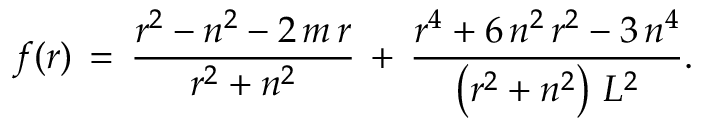
f ( r ) \, = \, \frac { r ^ { 2 } - n ^ { 2 } - 2 \, m \, r } { r ^ { 2 } + n ^ { 2 } } \, + \, \frac { r ^ { 4 } + 6 \, n ^ { 2 } \, r ^ { 2 } - 3 \, n ^ { 4 } } { \left( r ^ { 2 } + n ^ { 2 } \right) \, L ^ { 2 } } .